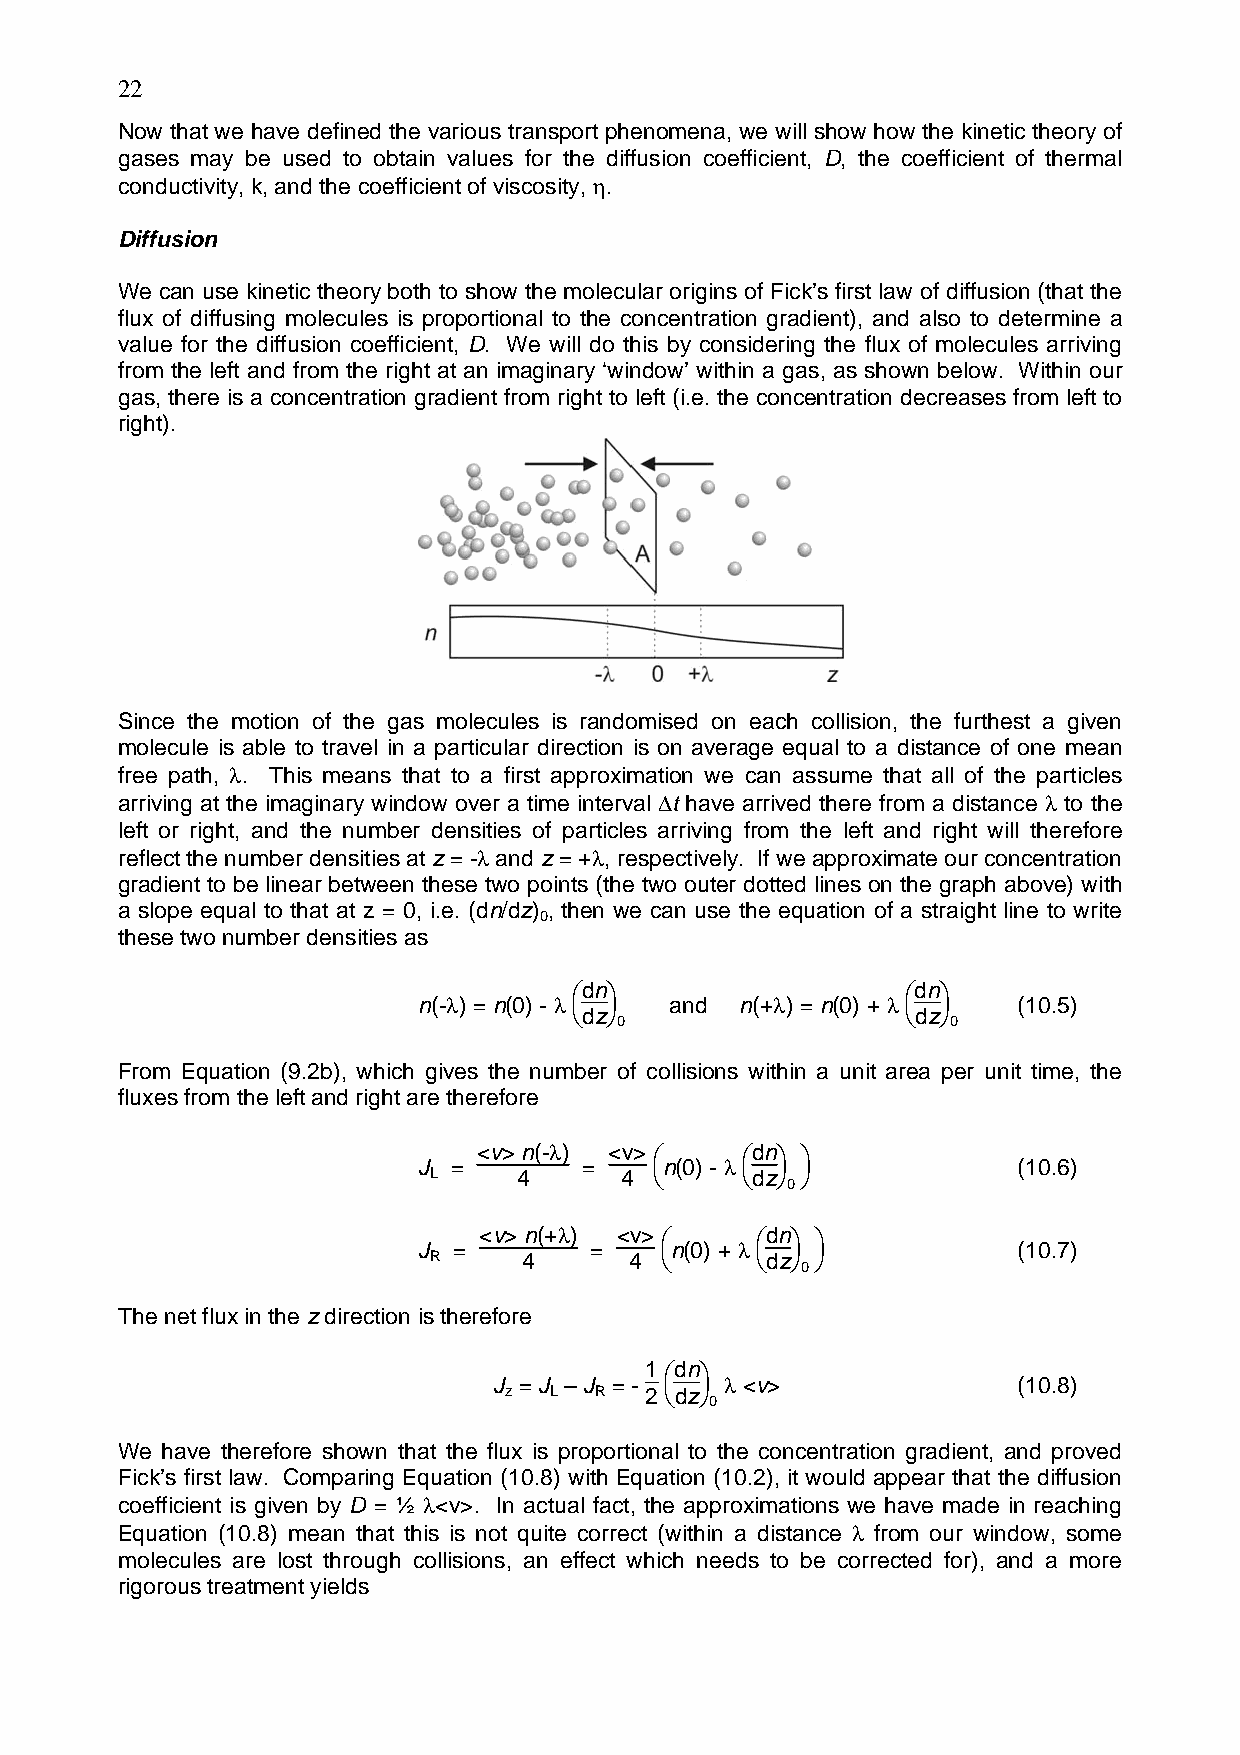
22
 Now that we have defined the various transport phenomena, we will show how the kinetic theory of
 gases may be used to obtain values for the diffusion coefficient, D, the coefficient of thermal
 conductivity, k, and the coefficient of viscosity, η.
 Diffusion
 We can use kinetic theory both to show the molecular origins of Fick’s first law of diffusion (that the
 flux of diffusing molecules is proportional to the concentration gradient), and also to determine a
 value for the diffusion coefficient, D. We will do this by considering the flux of molecules arriving
 from the left and from the right at an imaginary ‘window’ within a gas, as shown below. Within our
 gas, there is a concentration gradient from right to left (i.e. the concentration decreases from left to
 right).
 Since the motion of the gas molecules is randomised on each collision, the furthest a given
 molecule is able to travel in a particular direction is on average equal to a distance of one mean
 free path, λ. This means that to a first approximation we can assume that all of the particles
 arriving at the imaginary window over a time interval ∆t have arrived there from a distance λ to the
 left or right, and the number densities of particles arriving from the left and right will therefore
 reflect the number densities at z = -λ and z = +λ, respectively. If we approximate our concentration
 gradient to be linear between these two points (the two outer dotted lines on the graph above) with
 a slope equal to that at z = 0, i.e. (dn/dz) , then we can use the equation of a straight line to write
 0
 these two number densities as
 ⎛dn⎞                  ⎛dn⎞
 n(-λ) = n(0) - λ and n(+λ) = n(0) + λ  (10.5)
 ⎝dz⎠                  ⎝dz⎠
 0                     0
 From Equation (9.2b), which gives the number of collisions within a unit area per unit time, the
 fluxes from the left and right are therefore
 <v> n(-λ) <v> ⎛  ⎛dn⎞ ⎞
 J =        =    n(0) - λ               (10.6)
 L     4      4 ⎝     ⎝dz⎠ ⎠
 0
 <v> n(+λ) <v> ⎛   ⎛dn⎞ ⎞
 J =        =    n(0) + λ               (10.7)
 R      4      4 ⎝     ⎝dz⎠ ⎠
 0
 The net flux in the z direction is therefore
 1 ⎛dn⎞
 J = J – J = -  λ <v>              (10.8)
 z  L  R   2 ⎝dz⎠
 0
 We have therefore shown that the flux is proportional to the concentration gradient, and proved
 Fick’s first law. Comparing Equation (10.8) with Equation (10.2), it would appear that the diffusion
 coefficient is given by D = ½ λ<v>. In actual fact, the approximations we have made in reaching
 Equation (10.8) mean that this is not quite correct (within a distance λ from our window, some
 molecules are lost through collisions, an effect which needs to be corrected for), and a more
 rigorous treatment yields